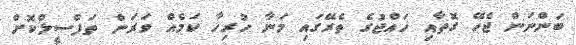
ބަންނަން ޖެހޭ ގޮތާއި ހައްޖުގެ ތެރޭގައި މަނާ ހުރިހާ ކަމެއް ވަރަށް ތަފްސީލްކޮށް